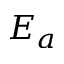
E _ { a }